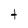
Character: t